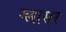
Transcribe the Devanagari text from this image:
ग्लासर